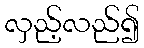
လှည့်လည်၍